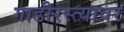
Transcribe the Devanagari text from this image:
गाडीरस्त्यावर